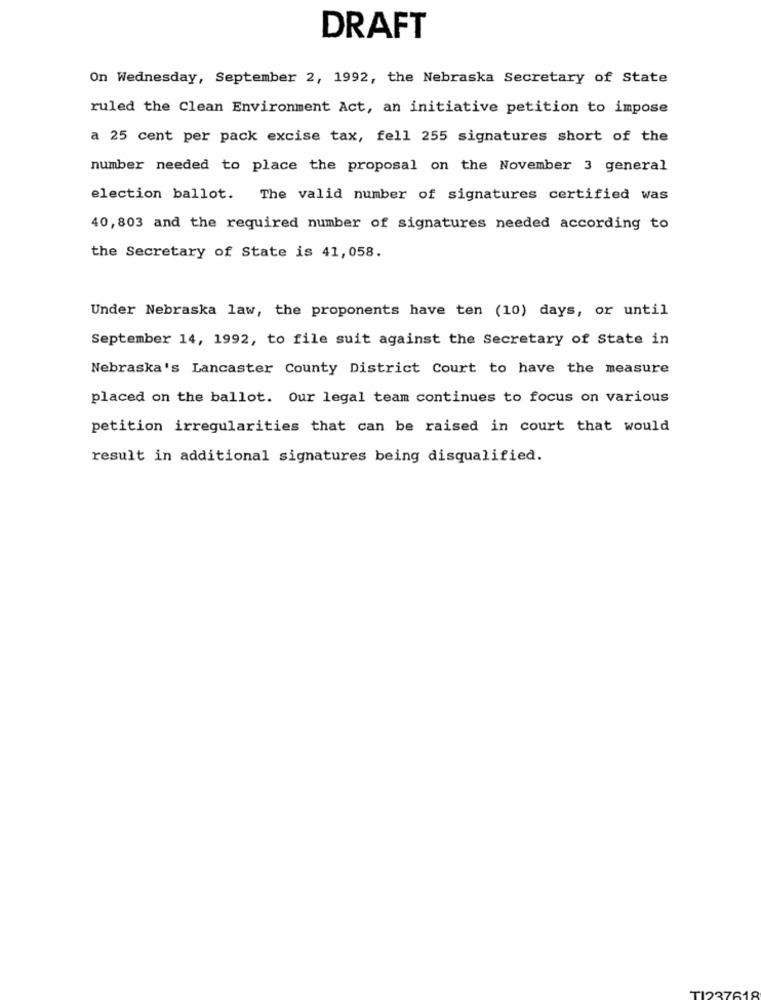
DRAFT
On Wednesday, September 2, 1992, the Nebraska Secretary of State
ruled the Clean Environment Act, an initiative petition to impose
a 25 cent per pack excise tax, fell 255 signatures short of the
number needed to place the proposal on the November 3 general
election ballot. The valid number of signatures certified was
40,803 and the required number of signatures needed according to
the Secretary of State is 41, 058.
Under Nebraska law, the proponents have ten (10) days, or until
September 14, 1992, to file suit against the Secretary of State in
Nebraska's Lancaster County District Court to have the measure
placed on the ballot. Our legal team continues to focus on various
petition irregularities that can be raised in court that would
result in additional signatures being disqualified.